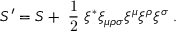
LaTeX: { \cal S } ^ { \prime } = { \cal S } + \mathrm { \small { ~ \frac { 1 } { 2 } ~ } } \xi ^ { * } \xi _ { \mu \rho \sigma } \xi ^ { \mu } \xi ^ { \rho } \xi ^ { \sigma } \; .